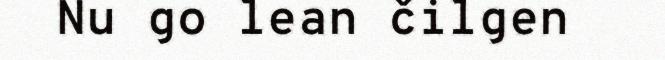
Nu go lean čilgen